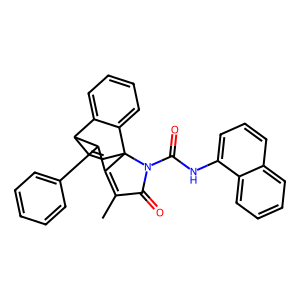
SMILES: CC1=C2C(c3ccccc3)C3C=CC2(c2ccccc23)N(C(=O)Nc2cccc3ccccc23)C1=O
Inhibits HIV replication: No